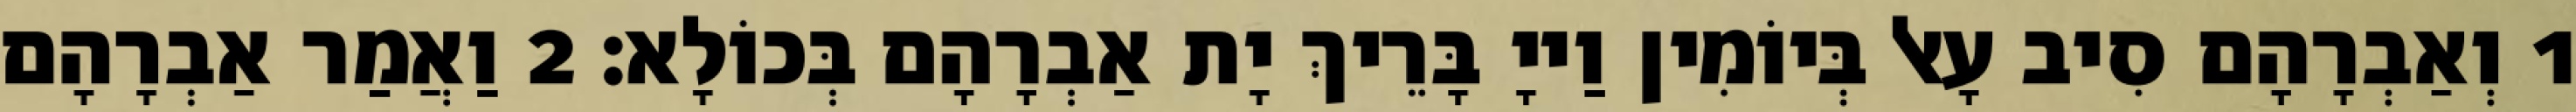
1 וְאַבְרָהָם סִיב עָאל בְּיוֹמִין וַייָ בָּרֵיךְ יָת אַבְרָהָם בְּכוֹלָא׃ 2 וַאֲמַר אַבְרָהָם